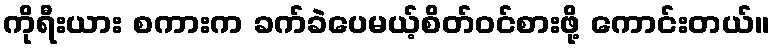
ကိုရီးယား စကားက ခက်ခဲပေမယ့်စိတ်ဝင်စားဖို့ ကောင်းတယ်။